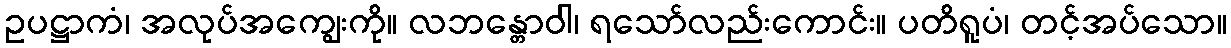
ဥပဋ္ဌာကံ၊ အလုပ်အကျွေးကို။ လဘန္တောဝါ၊ ရသော်လည်းကောင်း။ ပတိရူပံ၊ တင့်အပ်သော။